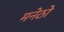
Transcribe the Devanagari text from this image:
मनेठो